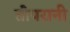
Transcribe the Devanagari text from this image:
तोपरानी